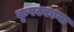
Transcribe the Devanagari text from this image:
कृपस्काया